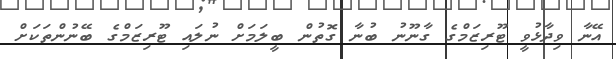
އޭނާ ވިދާޅުވީ ޓޫރިޒަމްގެ ގާނޫނު ބުނާ ގޮތުން ބީލަމަށް ނުލައި ޓޫރިޒަމްގެ ބޭނުންތަކަށް